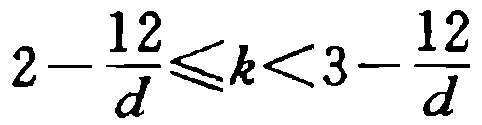
\(2-\frac{12}{d}\leqslant k<3-\frac{12}{d}\)